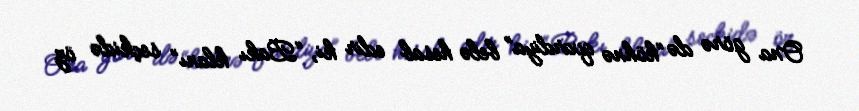
Ona görə də “köhnə qvardiya” belə hesab edir ki, “Bakı klanı” seçkidə öz